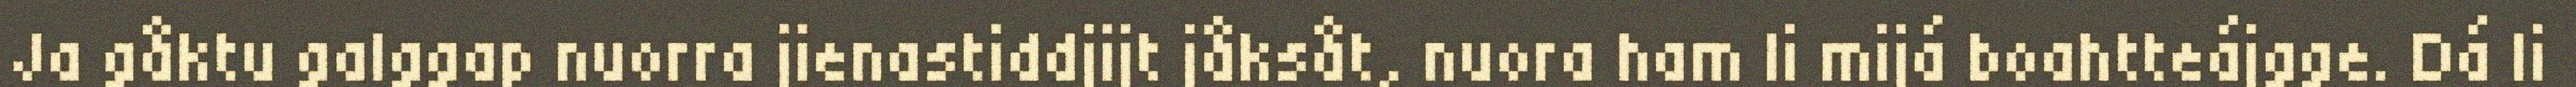
Ja gåktu galggap nuorra jienastiddjijt jåksåt, nuora ham li mijá boahtteájgge. Dá li